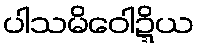
ပါသမိဝေါဍ္ဍိယ